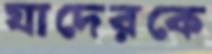
যাদেরকে